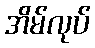
အိမ်လုပ်